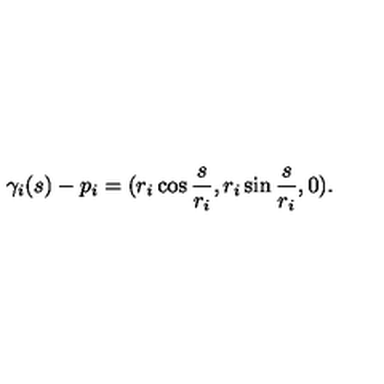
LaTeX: \gamma _ { i } ( s ) - p _ { i } = ( r _ { i } \cos { \frac { s } { r _ { i } } } , r _ { i } \sin { \frac { s } { r _ { i } } } , 0 ) .